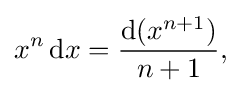
x^{n}\,{\text{d}}x={\frac {{\text{d}}(x^{n+1})}{n+1}},\,\!